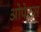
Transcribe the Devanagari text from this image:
ओपेरस